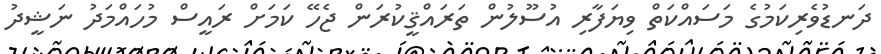
ދަނޑުވެރިކަމުގެ މަސައްކަތް ވިޔަފާރި އުސޫލުން ތަރައްޤީކުރަން ޖެހޭ ކަމަށް ރައީސް މުހައްމަދު ނަޝީދު